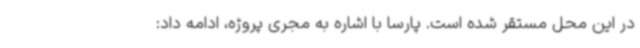
در این محل مستقر شده است. پارسا با اشاره به مجری پروژه، ادامه داد: